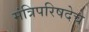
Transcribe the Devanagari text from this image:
मंत्रिपरिषदेचे